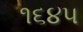
૧૬૪૫